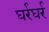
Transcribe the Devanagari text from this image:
घर्रघर्र